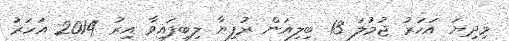
މިދިޔަ އަހަރު ޖުމުލަ 13 ބިލިއަން ރުފިޔާ ލިބިފައިވާ އިރު 2014 އަހަރު